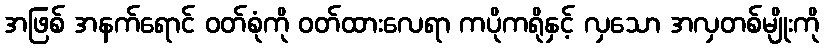
အဖြစ် အနက်ရောင် ဝတ်စုံကို ဝတ်ထားလေရာ ကပိုကရိုနှင့် လှသော အလှတစ်မျိုးကို